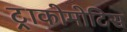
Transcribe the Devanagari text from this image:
ट्राकोमोटिस